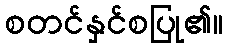
စတင်နှင်စပြု၏။